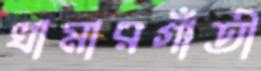
খামারগাঁতী